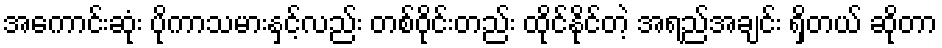
အကောင်းဆုံး ပိုကာသမားနှင့်လည်း တစ်ဝိုင်းတည်း ထိုင်နိုင်တဲ့ အရည်အချင်း ရှိတယ် ဆိုတာ